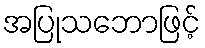
အပြုသဘောဖြင့်